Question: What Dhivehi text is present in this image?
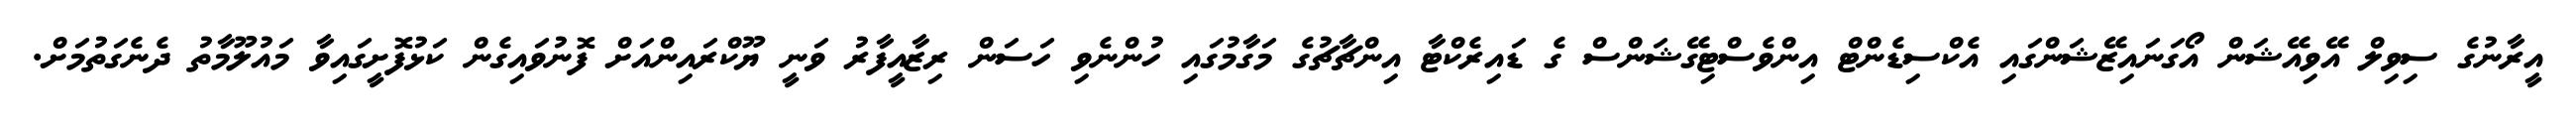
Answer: އީރާނުގެ ސިވިލް އޭވިއޭޝަން އޯގަނައިޒޭޝަންގައި އެކްސިޑެންޓް އިންވެސްޓިގޭޝަންސް ގެ ޑައިރެކްޓާ އިންޗާޗުގެ މަގާމުގައި ހުންނެވި ހަސަން ރިޒާއީފާރު ވަނީ ޔޫކްރައިންއަށް ފޮނުވައިގެން ކަޅުފޮށީގައިވާ މައުލޫމާތު ދެނެގަތުމަށް.